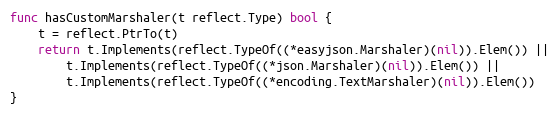
Language: Go
func hasCustomMarshaler(t reflect.Type) bool {
	t = reflect.PtrTo(t)
	return t.Implements(reflect.TypeOf((*easyjson.Marshaler)(nil)).Elem()) ||
		t.Implements(reflect.TypeOf((*json.Marshaler)(nil)).Elem()) ||
		t.Implements(reflect.TypeOf((*encoding.TextMarshaler)(nil)).Elem())
}